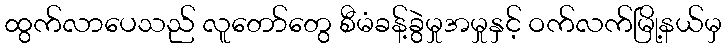
ထွက်လာပေသည် လူတော်တွေ စီမံခန့်ခွဲမှုအမှုနှင့် ဝက်လက်မြို့နယ်မှ